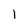
Character: l